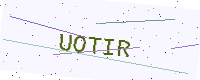
Text: UOTIR